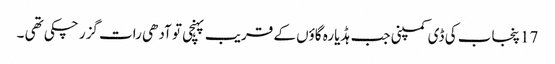
17 پنجاب کی ڈی کمپنی جب ہڈیارہ گاؤں کے قریب پہنچی تو آدھی رات گزر چکی تھی ۔